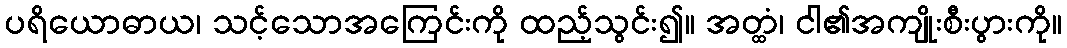
ပရိယောဓာယ၊ သင့်သောအကြေင်းကို ထည့်သွင်း၍။ အတ္ထံ၊ ငါ၏အကျိုးစီးပွားကို။